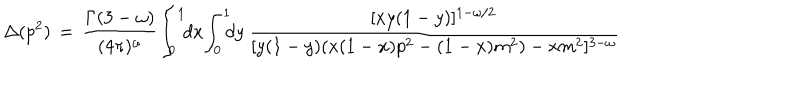
\Delta ( p ^ { 2 } ) \, = \, \frac { \Gamma ( 3 - \omega ) } { ( 4 \pi ) ^ { \omega } } \! \int _ { 0 } ^ { 1 } \! \! d x \! \int _ { 0 } ^ { 1 } \! \! \! d y \, \frac { [ x y ( 1 - y ) ] ^ { 1 - \omega / 2 } } { [ y ( 1 - y ) ( x ( 1 - x ) p ^ { 2 } - ( 1 - x ) m ^ { 2 } ) - x m ^ { 2 } ] ^ { 3 - \omega } }